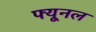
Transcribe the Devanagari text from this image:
फ्यूनल